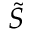
\tilde { S }